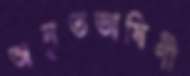
অনৃতভাষিণী